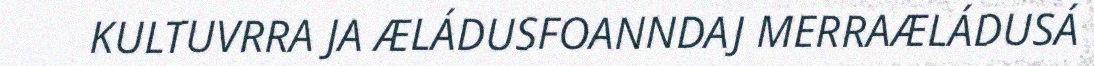
KULTUVRRA JA ÆLÁDUSFOANNDAJ MERRAÆLÁDUSÁ